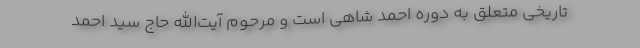
تاریخی متعلق به دوره احمد شاهی است و مرحوم آیت‌الله حاج سید احمد